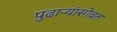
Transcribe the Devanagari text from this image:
पुढाऱ्यांसोबत